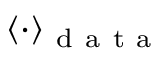
\langle \cdot \rangle _ { \mathrm { ~ d ~ a ~ t ~ a ~ } }